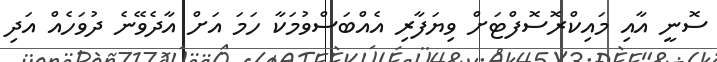
ސޮނީ އާއި މައިކްރޮސޮފްޓަށް ވިޔަފާރި އެއްބަސްވުމަކާ ހަމަ އަށް އާދެވޭނެ ދުވަހެއް އަދި